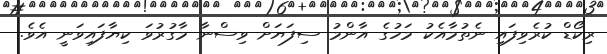
ރިކޯޑް ކުރެވިފައި ނެތުމާއެކު މަހުގެ އާންމު ސިފަޔަށް ވިސްނާ މާގުރުވަ ކިޔާފައިވަނީ އެވެ.